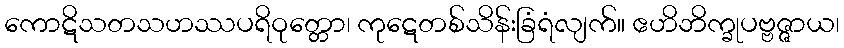
ကောဋိသတသဟဿပရိဝုတ္တော၊ ကုဋေတစ်သိန်းခြံရံလျက်။ ဧဟိဘိက္ခုပဗ္ဗဇ္ဇာယ၊